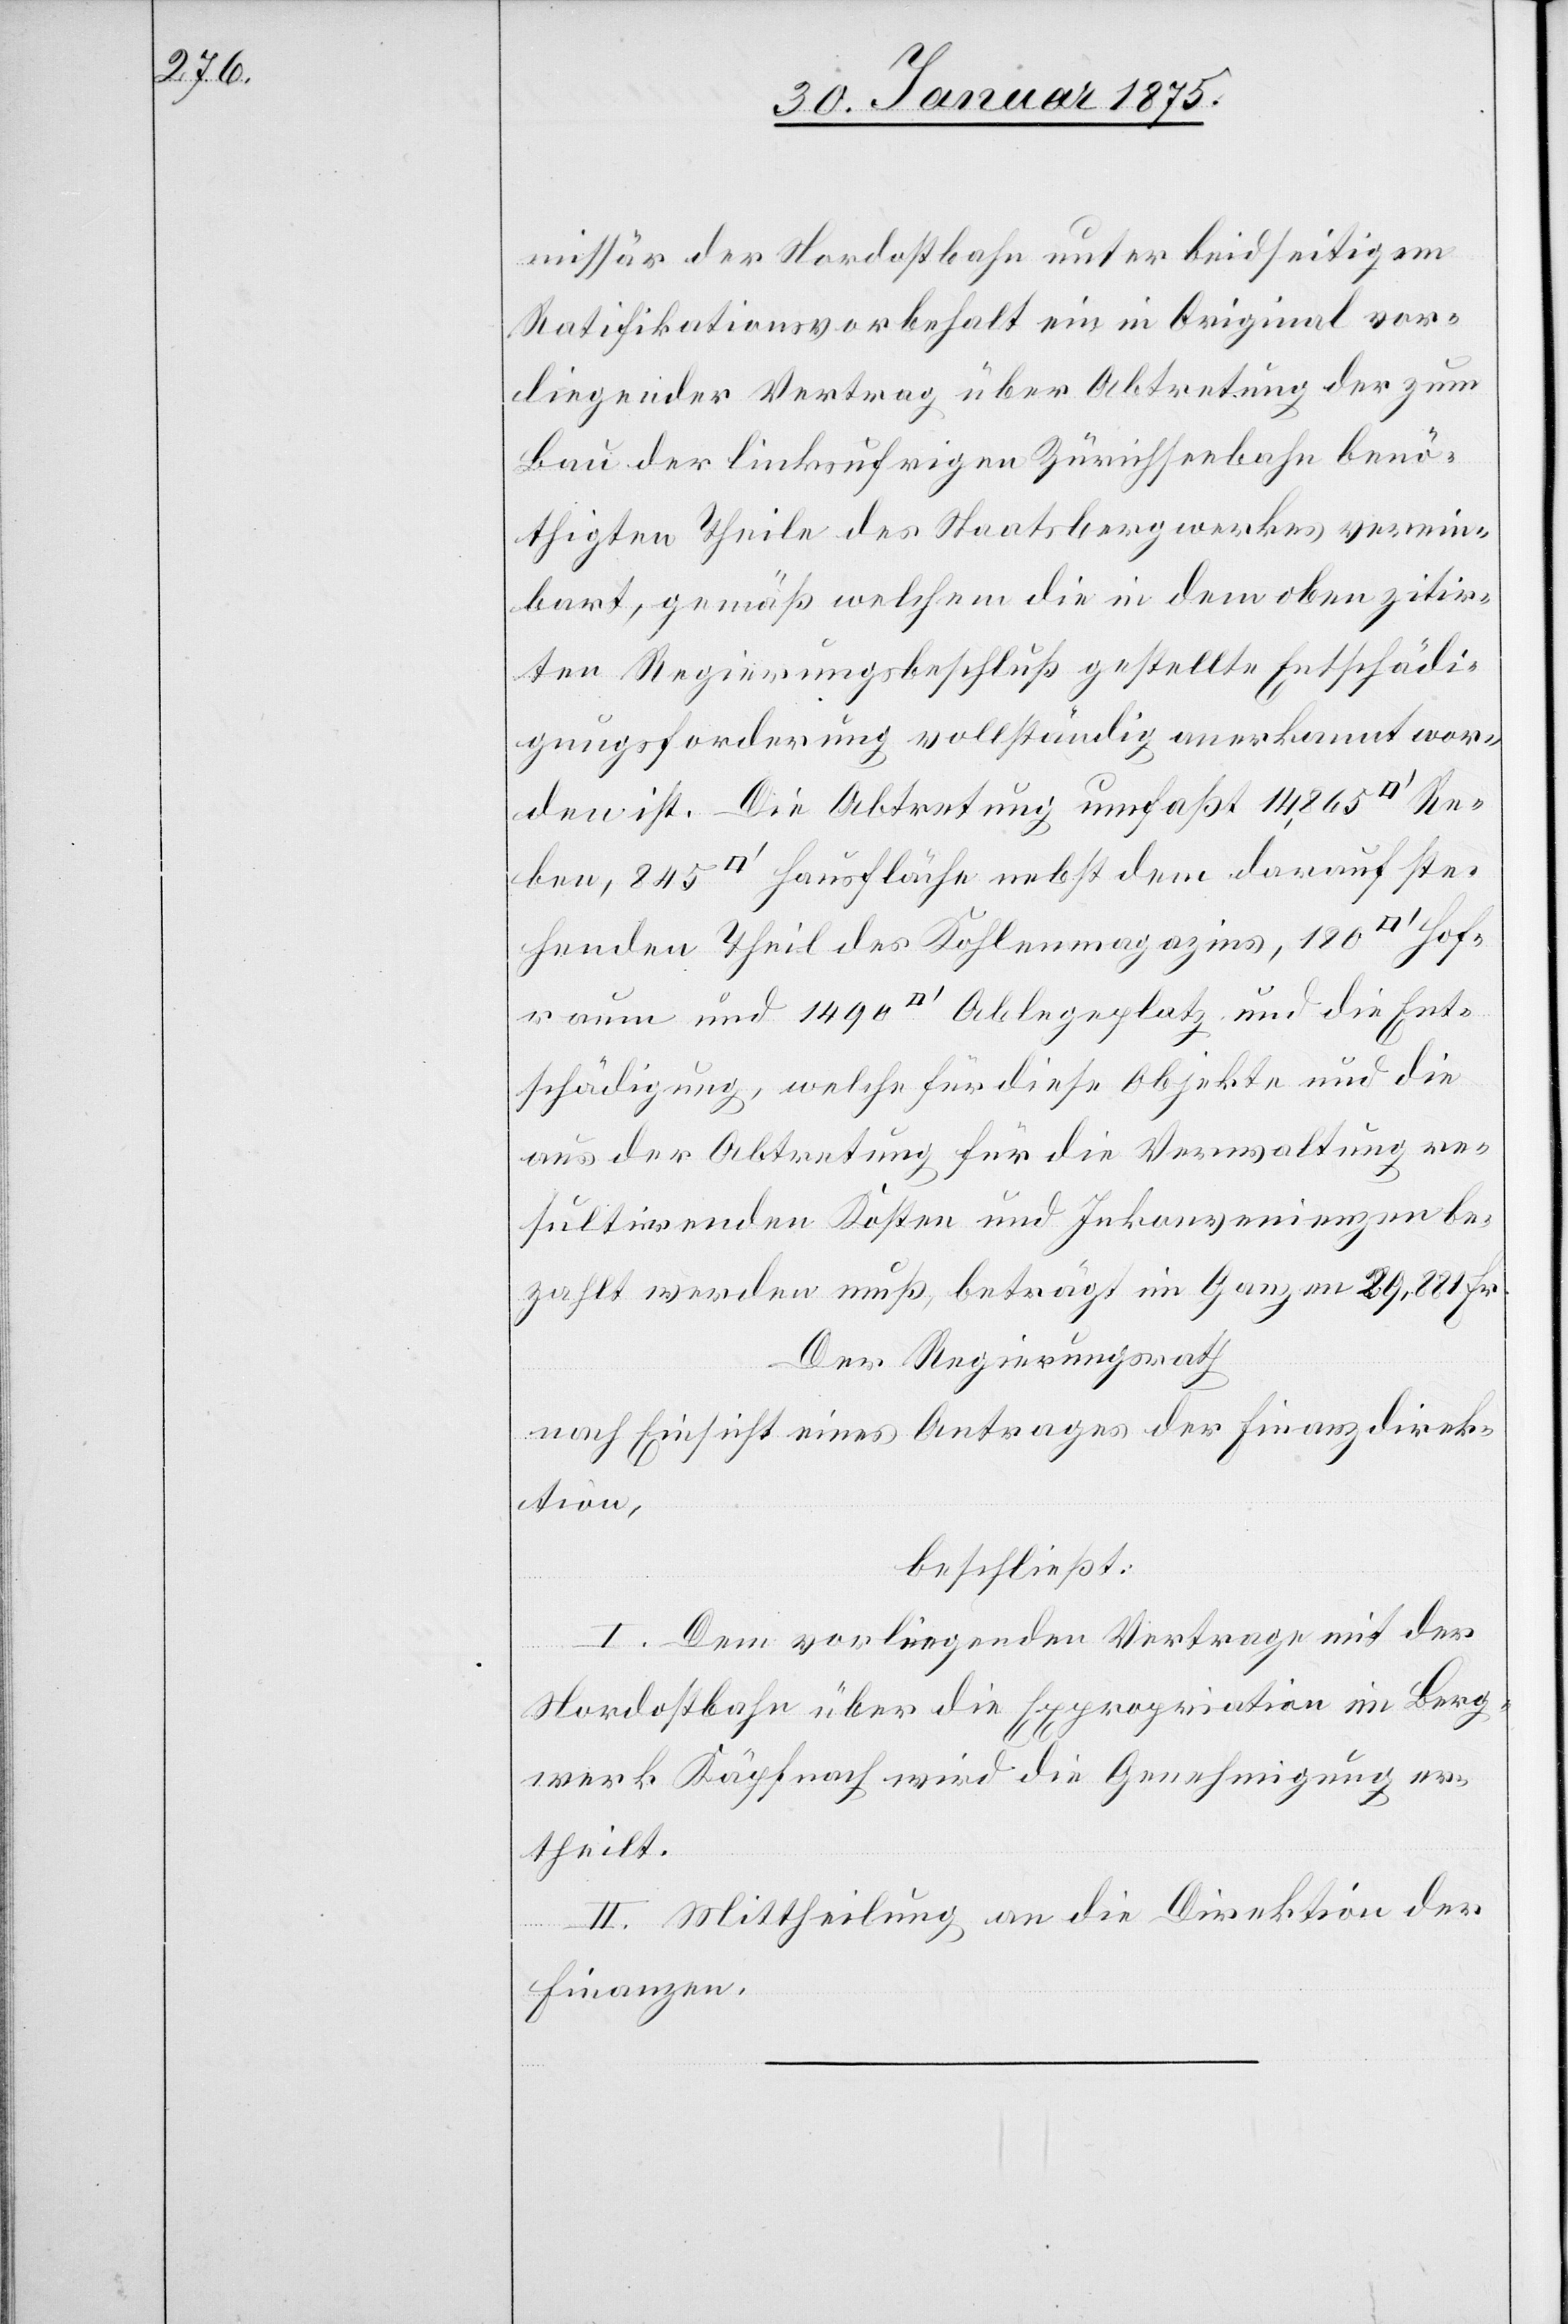
missär der Nordostbahn unter beidseitigem
Ratifikationsvorbehalt ein im Original vor¬
liegender Vertrag über Abtretung der zum
Bau der linksufrigen Zürichseebahn benö¬
thigten Theile des Staatsbergwerkes verein¬
bart, gemäß welchem die in dem oben zitir¬
ten Regierungsbeschluß gestellte Entschädi¬
gungsforderung vollständig anerkannt wor¬
den ist. Die Abtretung umfaßt 14,865
henden Theil des Kohlenmagazins, 180 [Quadratf¬
raum und 1490 [Quadratfuss] Ablegeplatz und die Ent¬
schädigung, welche für diese Objekte und die
aus der Abtretung für die Verwaltung re¬
sultirenden Kosten und Inkonvenienzen be¬
zahlt werden muß, beträgt im Ganzen 29,881 Fr.
Der Regierungsrath
nach Einsicht eines Antrages der Finanzdirek¬
tion,
beschließt:
I. Dem vorliegenden Vertrage mit der
Nordostbahn über die Expropriation im Berg¬
werk Käpfnach wird die Genehmigung er¬
theilt.
II. Mittheilung an die Direktion der
Hof¬
Finanzen.